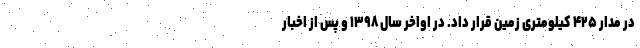
در مدار ۴۲۵ کیلومتری زمین قرار داد. در اواخر سال ۱۳۹۸ و پس از اخبار